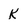
Character: k